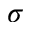
\sigma